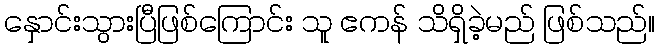
နှောင်းသွားပြီဖြစ်ကြောင်း သူ ဧကန် သိရှိခဲ့မည် ဖြစ်သည်။